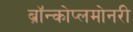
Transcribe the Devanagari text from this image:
ब्रॉन्कोप्लमोनरी